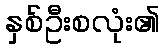
နှစ်ဦးစလုံး၏